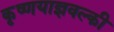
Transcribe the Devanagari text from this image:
कृष्णयाज्ञवल्की